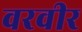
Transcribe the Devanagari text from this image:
वरवीर